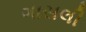
ગાસલી